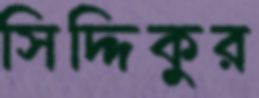
সিদ্দিকুর